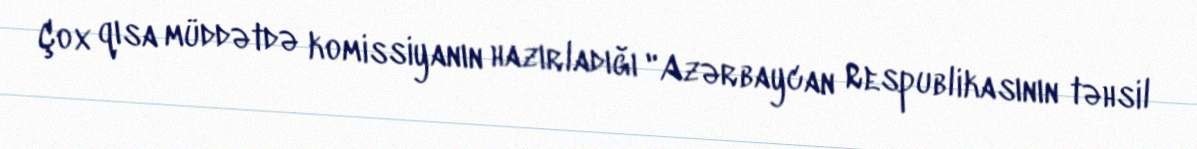
Çox qısa müddətdə komissiyanın hazırladığı "Azərbaycan Respublikasının təhsil